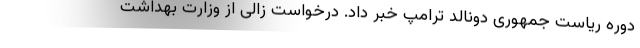
دوره ریاست جمهوری دونالد ترامپ خبر داد. درخواست زالی از وزارت بهداشت